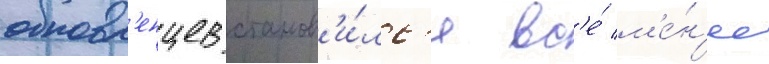
обновл'енцев станов'и́лс'я вс'е́ м'е́н'ее